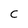
Character: c